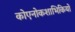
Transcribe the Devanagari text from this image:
कोएनोकशाभिकियों